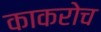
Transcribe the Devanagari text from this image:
काकरोच